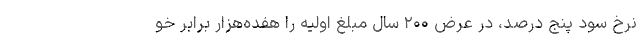
نرخ سود پنج درصد، در عرض ۲۰۰ سال مبلغ اولیه را هفده‌هزار برابر خو